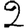
Digit: 2